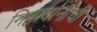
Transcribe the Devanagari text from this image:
निष्ठावानांची